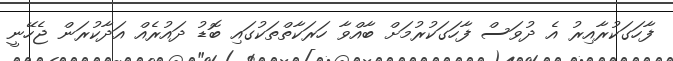
ފާހަގަކުރާއިރު އެ ދުވަސް ފާހަގަކުރުމަށް ބާއްވާ ހަރަކާތްތަކުގައި ބޮޑު ދައުރެއް އަދާކުރަން ޖެހޭނީ